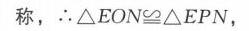
称，\(\therefore\triangle EON\cong\triangle EPN\)，